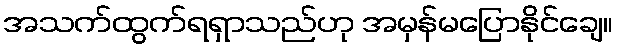
အသက်ထွက်ရရှာသည်ဟု အမှန်မပြောနိုင်ချေ။